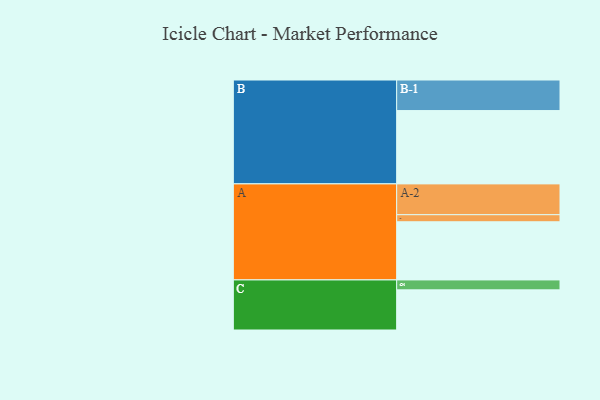
{"axis": {"x": "Segment", "y": "Value"}, "legend": ["", "A", "B", "C"], "data": [{"x": "A", "y": 468, "type": ""}, {"x": "B", "y": 590, "type": ""}, {"x": "C", "y": 323, "type": ""}, {"x": "A-1", "y": 57, "type": "A"}, {"x": "A-2", "y": 248, "type": "A"}, {"x": "B-1", "y": 246, "type": "B"}, {"x": "C-1", "y": 80, "type": "C"}]}